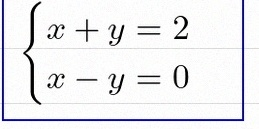
\begin{cases}x+y=2\\x-y=0\end{cases}